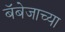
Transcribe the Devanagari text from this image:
बॅबेजाच्या